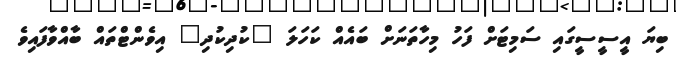
ބިޔަ އީސީސީގައި ސަމިޓަށް ފަހު މިހާތަނަށް ބައެއް ކަހަލަ "ކުދިކުދި" އިވެންޓްތައް ބާއްވާފައިވެ